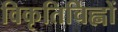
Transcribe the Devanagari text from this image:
विकृतिचिह्नों